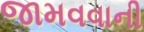
જામવવાની